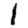
Digit: 1